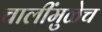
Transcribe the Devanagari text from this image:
चालींमुळेच